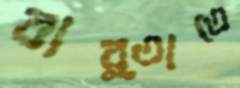
বার্তাতে